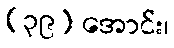
(၃၉) အောင်း၊